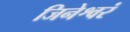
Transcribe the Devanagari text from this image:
जिनेश्वरं